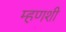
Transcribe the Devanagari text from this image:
म्हणशी